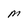
Character: M